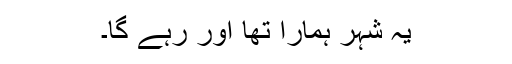
یہ شہر ہمارا تھا اور رہے گا۔